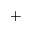
+